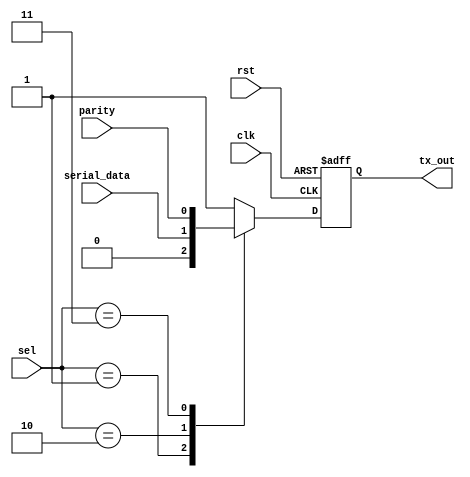
module MUX_TX# (parameter start_bit_sel=3'd1, ser_data_sel=3'd2,
par_bit_sel=3'd3, stop_bit_sel=3'd4, start_bit=1'b0, stop_bit=1'b1)(

input wire [2:0] sel,
input wire serial_data,
input wire  parity,
input wire clk,rst,
output reg tx_out
);
reg temp;


always @ (*)
  begin
   case(sel)
	start_bit_sel : begin                 
	         temp <= start_bit ;       
	        end
	ser_data_sel : begin
	         temp <= serial_data ;      
	        end	
	par_bit_sel : begin
	         temp <= parity ;       
	        end	
	stop_bit_sel : begin
	         temp <= stop_bit ;      
	        end		
	 default: begin
		       temp <= stop_bit ;
		      end
	endcase        	   
  end
 

//register mux output
always @ (posedge clk or negedge rst)
 begin
  if(!rst)
   begin
    tx_out <= 1'b0 ;
   end
  else
   begin
    tx_out <= temp ;
   end 
 end  

   endmodule